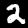
Label: 2